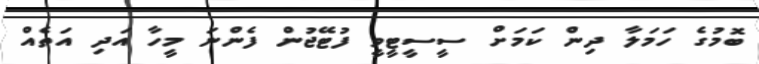
ބޮމުގެ ހަމަލާ ދިން ކަމަށް ސީސީޓީވީ ފުޓޭޖުން ފެންނަ މީހާ އަދި އަތެއް